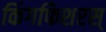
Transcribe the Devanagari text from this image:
किंगफिशरस्